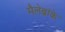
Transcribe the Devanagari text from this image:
मैलेब्रांके